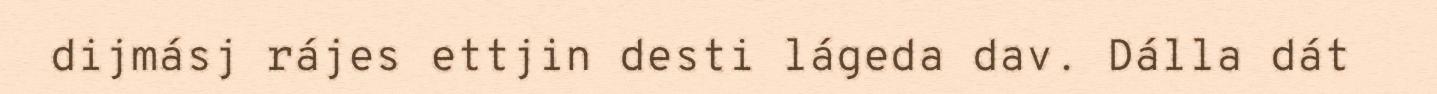
dijmásj rájes ettjin desti lágeda dav. Dálla dát